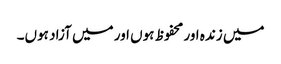
میں زندہ اور محفوظ ہوں اور میں آزاد ہوں۔